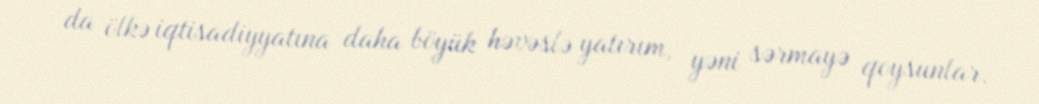
da ölkə iqtisadiyyatına daha böyük həvəslə yatırım, yəni sərmayə qoysunlar.